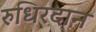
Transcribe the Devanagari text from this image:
रुधिरदान